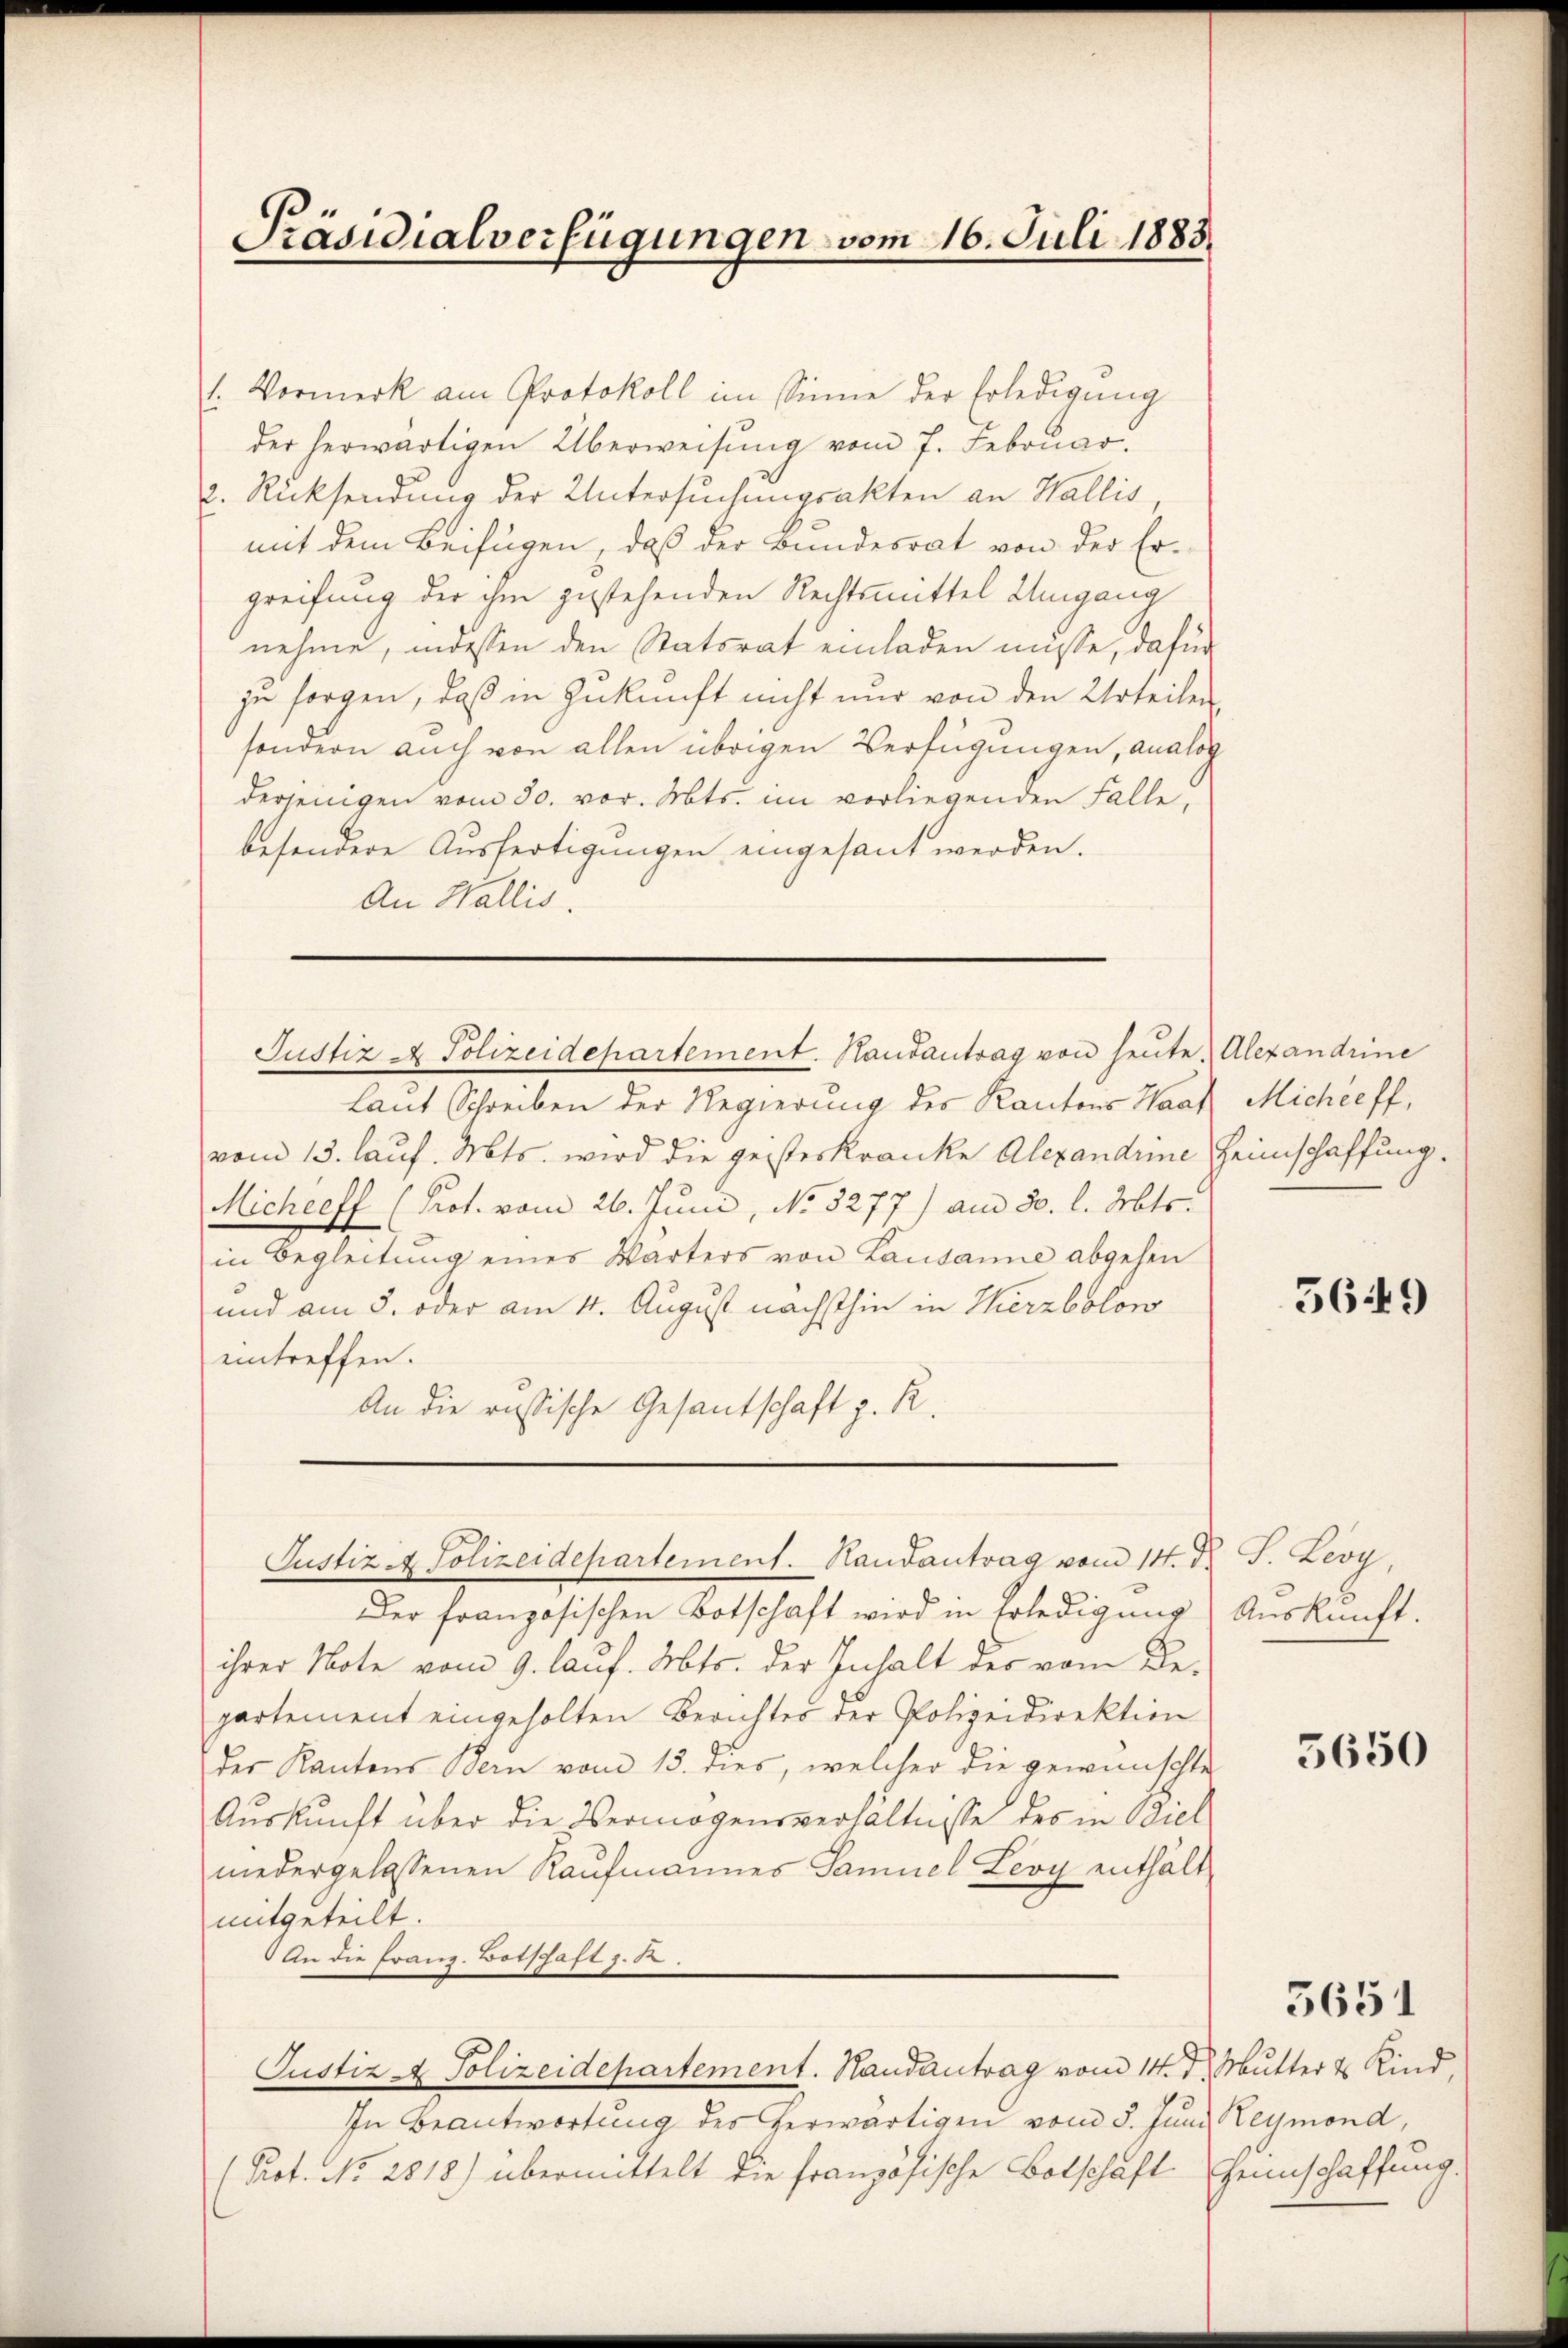
1. Vormerk am Protokoll im Sinne der Erledigung
der herwärtigen Überweisung vom 7. Februar
2. Rücksendung der Untersuchungsakten an Wallis,
mit dem Beifügen, daß der Bundesrat von der Ergreifung der ihm gestehenden Rechtsmittel Umgang
nehme, indessen den Statsrat einladen müsse, dafür
zu sorgen, daß in Zukunft nicht nur von den Urteilen
sondern auch von allen übrigen Verfügungen, analog
derjenigen vom 30. vor. Mts. im vorliegenden Falle,
besondere Ausfertigungen eingesant werden.
An Wallis.

Präsidialverfügungen vom 16. Juli 1883.

Justiz a. Polizeidepartement. Handantrag von heute. Alexandrine

laut Schreiben der Regierung des Kantons Haar Michéeff,
vom 13. lauf. Mts. wird die geisteskranke Alexandrine Heimschaffung.
Micheeff (Prot. vom 26. Juni, No 8277) am 30. l. Mts.
in Begleitung eines Wärters von Lausanne abgehen
und am 3. oder am 4. August nächsthin in Herzbolow
eintreffen.
An die russische Gesantschaft z. R.

Justiz - Polizeidepartement. Handantrag vom 14. d. J. Leoy,

Der französischen Botschaft wird in Erledigung Auskunft.
ihrer Note vom 9. lauf. Mts. der Inhalt des vom Departement eingeholten Berichter der Polizeidirektion
der Kantons Bern vom 13. dies, welcher die gewünschte
Auskunft über die Vermögensverhältnisse des in Biel
niedergelassenen Kaufmannes Samuel Leoy enthält
mitgeteilt.
An die Franz. Botschaft z. B.
Justiz - Polizeidepartement. Handantrag vom 14. d. Mutter 4 Kind,
In Beantwortung des herwärtigen vom 5. Juni Reymond,
(Prot. No. 2818) übermittelt die französische Botschaft Heinschaffung.

5649

5650

5651